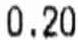
0.20